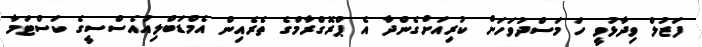
ފަޒުލް ވިދާޅުވީ ހަ މަސްދުވަހަށް ކުރިއަށްގެންދާ އެ ޕްރޮގްރާމްގެ ތެރެއިން އެމްޑަބްލިއުއެސްސީގެ ކަސްޓަމާ